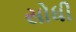
સોધી